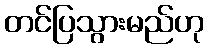
တင်ပြသွားမည်ဟု